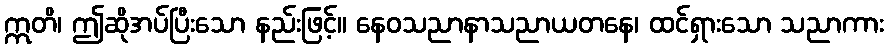
ဣတိ၊ ဤဆိုအပ်ပြီးသော နည်းဖြင့်။ နေဝသညာနာသညာယတနေ၊ ထင်ရှားသော သညာကား